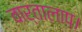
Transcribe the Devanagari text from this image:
वार्तालाप।